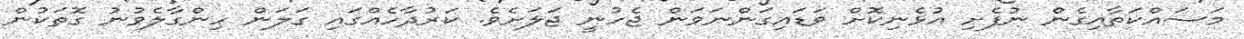
މަސައްކަތާއިގެން ނުފެށި އުޅެނިކޮށް ވަޑައިގަންނަވަން ޖެހުނީ ޖަލަށެވެ. ކަރުދާހެއްގައި ގަލަން ހިންގާލެވުނު ގޮތަކުން